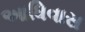
આધિવાસ